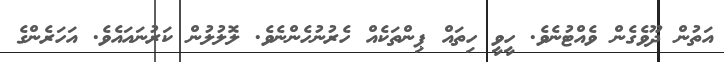
އަތުން ދޫވެގެން ވެއްޓުނެވެ. ހީވީ ހިތައް ޕިންތަކެއް ހެރުނުހެންނެވެ. ލޮލުލުން ކަރުނައައެވެ. އަހަރެންގެ